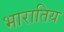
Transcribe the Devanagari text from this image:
भारातिय